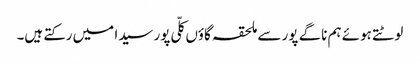
لوٹتے ہوئے ہم ناگے پور سے ملحقہ گاؤں کلّی پور سیدا میں رکتے ہیں۔